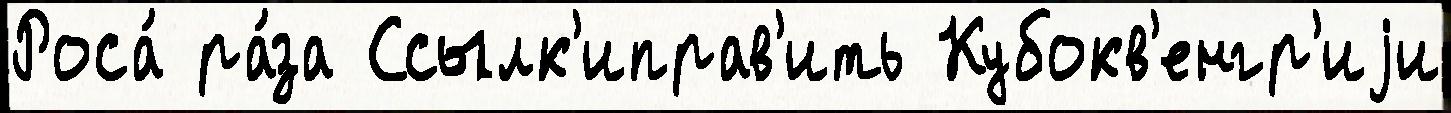
Роса́ ра́за Ссылк'иправ'ить Кубокв'енгр'иjи